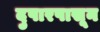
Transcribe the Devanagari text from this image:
दुपारपासून